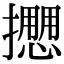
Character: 𢷝